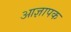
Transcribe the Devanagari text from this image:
आज्ञापक